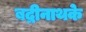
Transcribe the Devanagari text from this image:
बद्रीनाथके